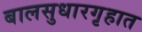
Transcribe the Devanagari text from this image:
बालसुधारगृहात